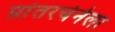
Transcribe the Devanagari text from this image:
प्रांतरचेनेला